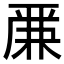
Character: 𠪕